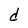
Character: d